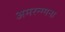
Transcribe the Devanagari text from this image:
अमरन्ग्गना